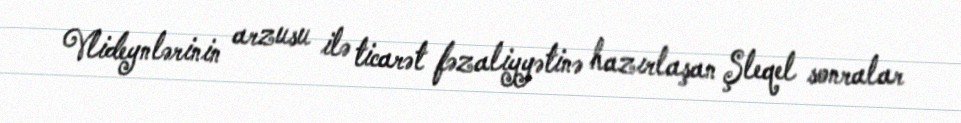
Vlideynlərinin arzusu ilə ticarət fəzaliyyətinə hazırlaşan Şleqel sonralar